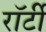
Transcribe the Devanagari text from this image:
रॉर्टी